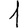
Digit: 1